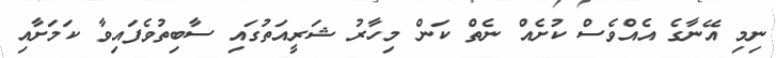
ނިމި އޭނާގެ އެއްވެސް ކުށެއް ނެތް ކަން މިހާރު ޝަރީއަތުގައި ސާބިތުވެފައިވާ ކަމަށާއި